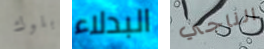
بلوك البدلاء الناجي